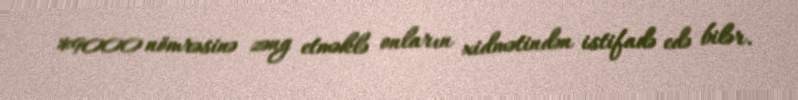
*9000 nömrəsinə zəng etməklə onların xidmətindən istifadə edə bilər.